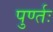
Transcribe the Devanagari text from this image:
पुर्ण्तः